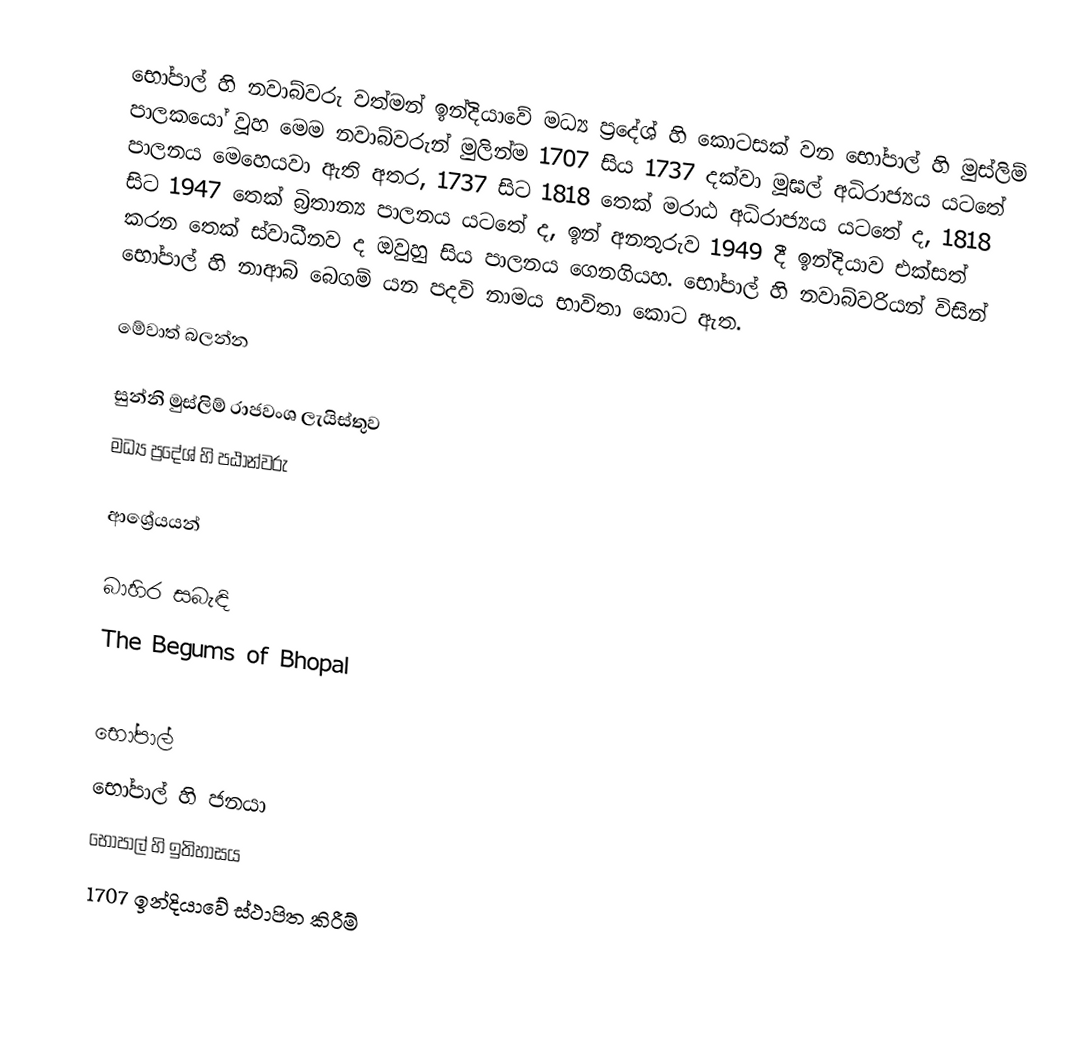
භෝපාල් හි නවාබ්වරු වත්මන් ඉන්දියාවේ මධ්‍ය ප්‍රදේශ් හි කොටසක් වන භෝපාල් හි මුස්ලිම් පාලකයෝ වූහ මෙම නවාබ්වරුන් මුලින්ම 1707 සිය 1737 දක්වා මූඝල් අධිරාජ්‍යය යටතේ පාලනය මෙහෙයවා ඇති අතර, 1737 සිට 1818 තෙක් මරාඨ අධිරාජ්‍යය යටතේ ද, 1818 සිට 1947 තෙක් බ්‍රිතාන්‍ය පාලනය යටතේ ද, ඉන් අනතුරුව 1949 දී ඉන්දියාව එක්සත් කරන තෙක් ස්වාධීනව ද ඔවුහු සිය පාලනය ගෙනගියහ. භෝපාල් හි නවාබ්වරියන් විසින් භෝපාල් හි නාආබ් බෙගම් යන පදවි නාමය භාවිතා කොට ඇත.

මේවාත් බලන්න

 සුන්නි මුස්ලිම් ‍රාජවංශ ලැයිස්තුව
 මධ්‍ය ප්‍රදේශ් හි පඨාන්වරු

ආශ්‍රේයයන්

බාහිර සබැඳි
 The Begums of Bhopal

භෝපාල්
භෝපාල් හි ජනයා
භෝපාල් හි ඉතිහාසය
1707 ඉන්දියාවේ ස්ථාපිත කිරීම්